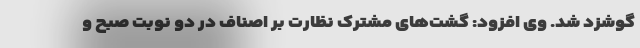
گوشزد شد. وی افزود: گشت‌های مشترک نظارت بر اصناف در دو نوبت صبح و